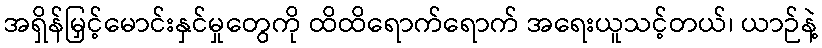
အရှိန်မြှင့်မောင်းနှင်မှုတွေကို ထိထိရောက်ရောက် အရေးယူသင့်တယ်၊ ယာဉ်နဲ့